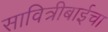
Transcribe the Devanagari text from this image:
सावित्रीबाईचा